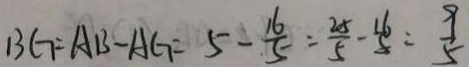
B G = A B - A G = 5 - \frac { 1 6 } { 5 } = \frac { 2 5 } { 5 } - \frac { 1 6 } { 5 } = \frac { 9 } { 5 }